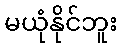
မယုံနိုင်ဘူး